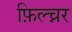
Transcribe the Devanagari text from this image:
फ़िल्च्नर